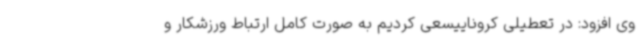
وی افزود: در تعطیلی کروناییسعی کردیم به صورت کامل ارتباط ورزشکار و